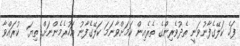
ފަހެ ކަލޭގެފާނުވަނީ ތެދުވެރިންގެ ތެރެއިން ކަމަށްވާނަމަ ކަލޭގެފާނު އަހުރެމެންނަށް ތިޔަ  ކުރައްވާ